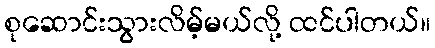
စုဆောင်းသွားလိမ့်မယ်လို့ ထင်ပါတယ်။